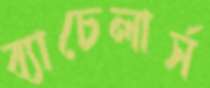
ব্যাচেলার্স